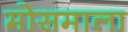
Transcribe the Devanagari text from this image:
मोसमाला